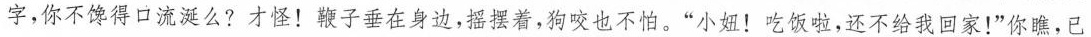
字，你不馋得口流涎么？才怪！鞭子垂在身边，摇摆着，狗咬也不怕。“小妞！吃饭啦，还不给我回家！”你瞧，已